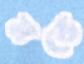
মন্ডে